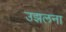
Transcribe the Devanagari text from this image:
उझलना